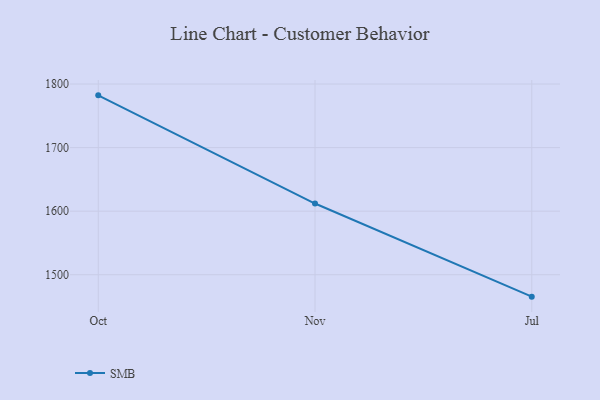
{"axis": {"x": "Month", "y": "Waste Production (Tons)"}, "legend": ["SMB"], "data": [{"x": "Oct", "y": 1782.2, "type": "SMB"}, {"x": "Nov", "y": 1612.0, "type": "SMB"}, {"x": "Jul", "y": 1465.5, "type": "SMB"}]}